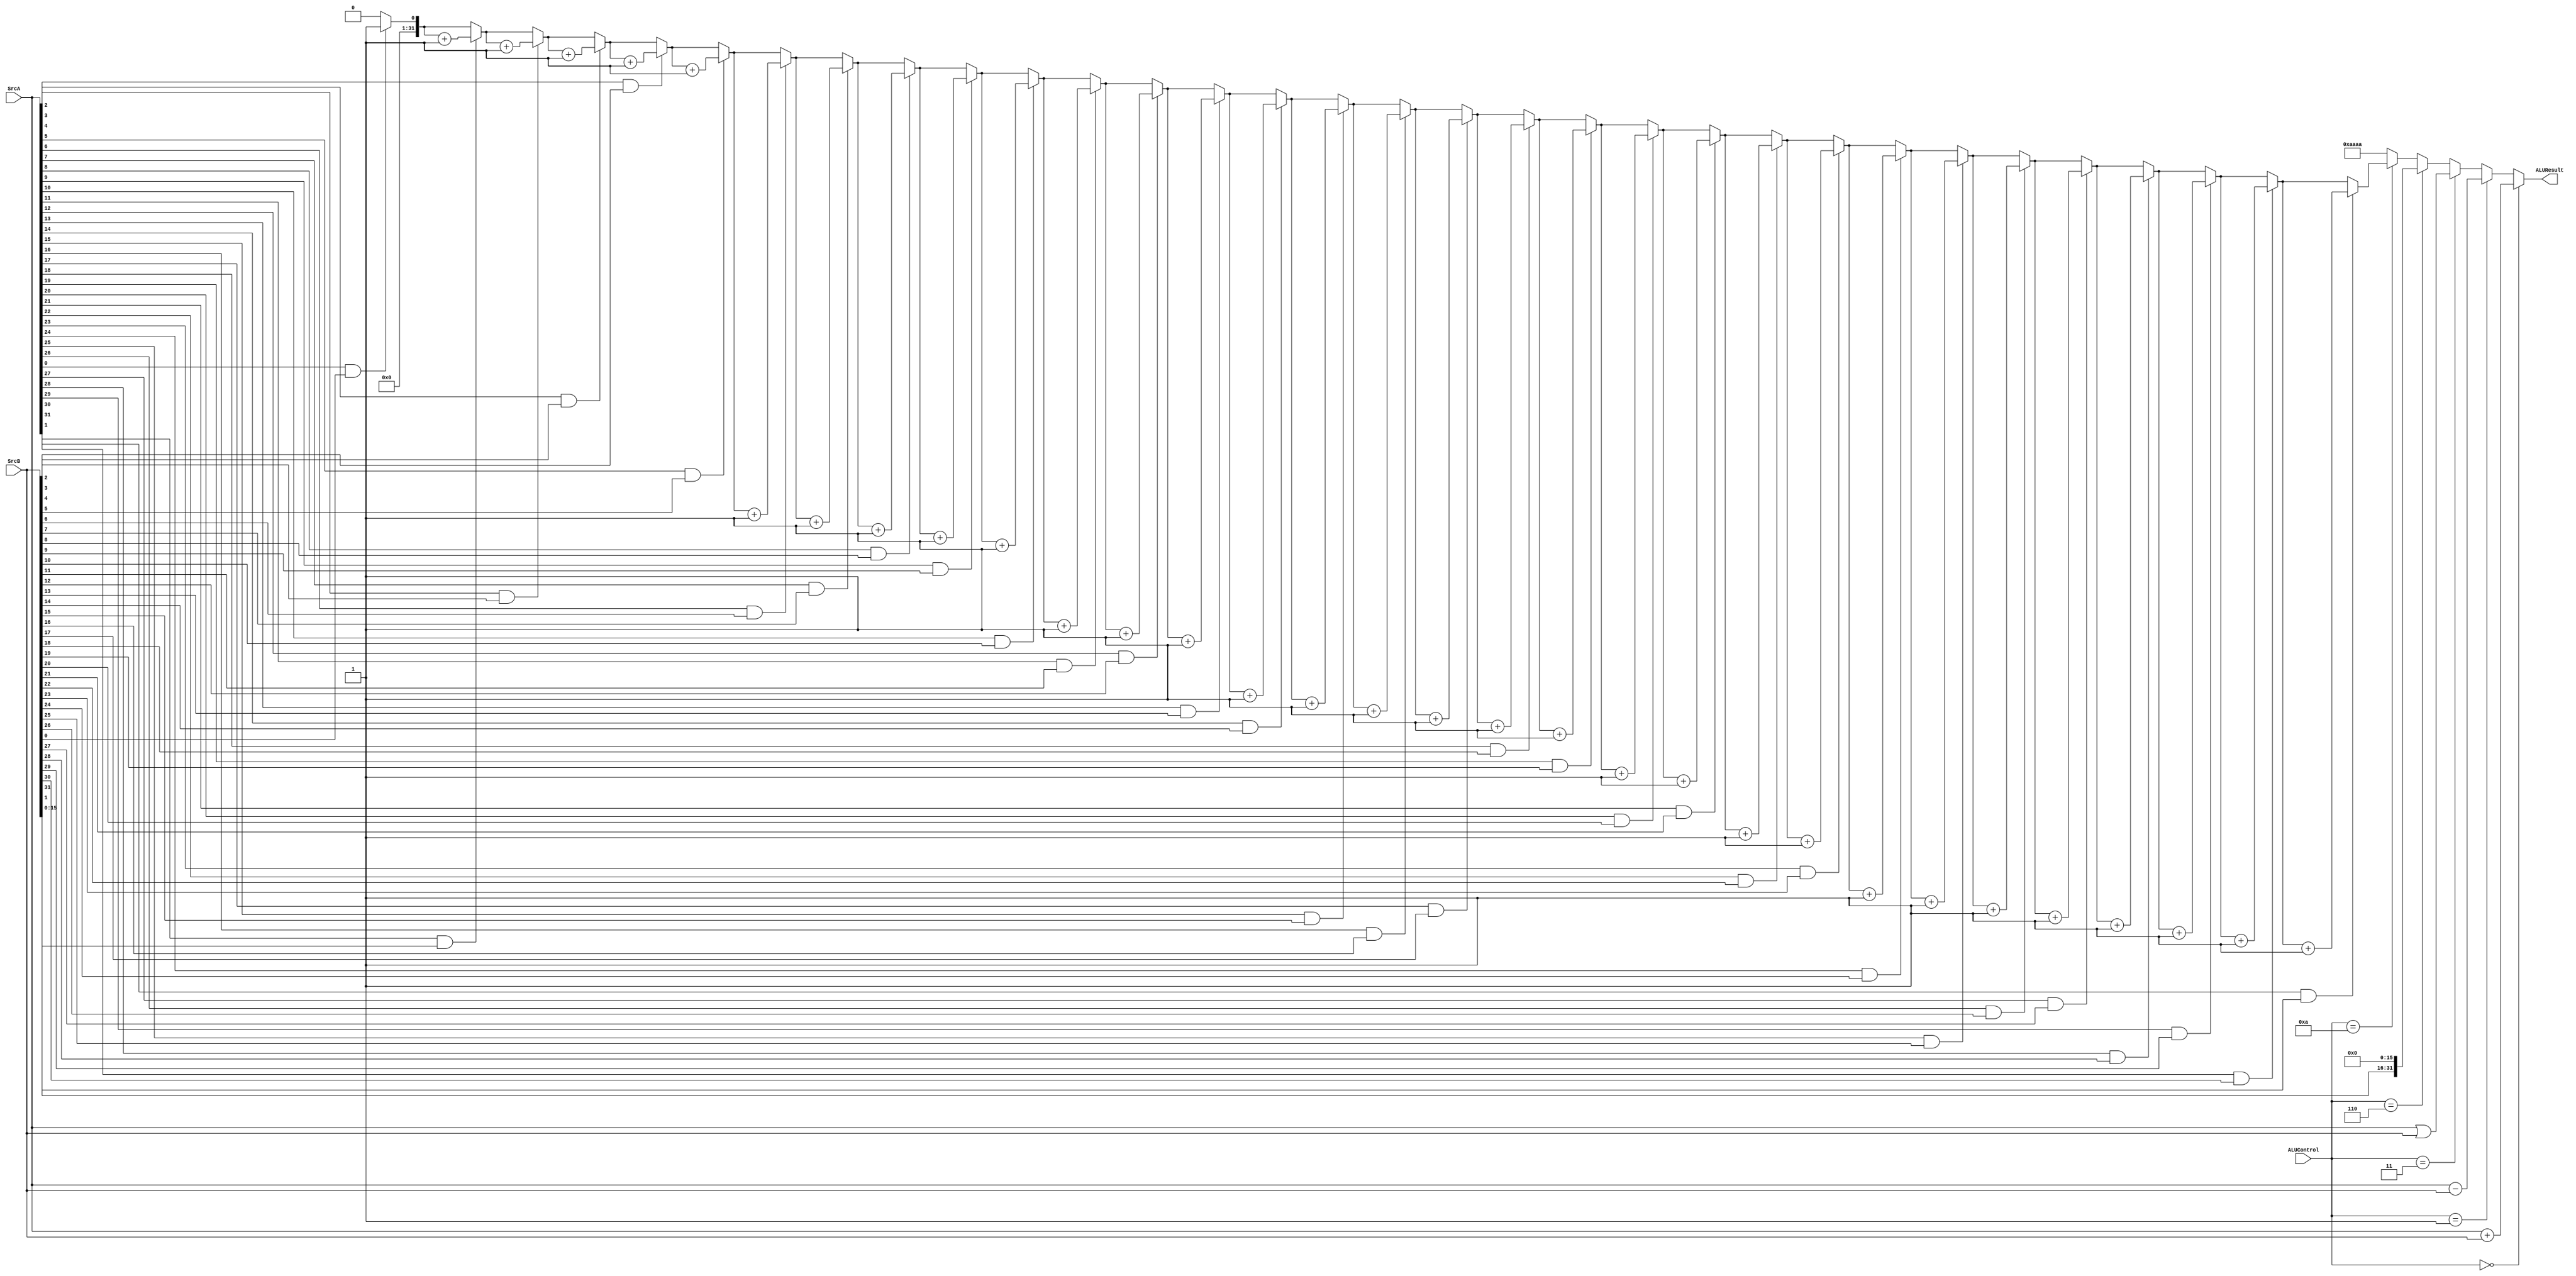
`timescale 1ns / 1ps
`default_nettype none 
module ALU (
    input wire [31:0] SrcA, SrcB,
    input wire [3:0] ALUControl,

    output wire [31:0] ALUResult
);
    reg [31:0] SUMReg, SUBReg, ORReg, LUIReg;
    
    reg [31:0] CCOResult;

    integer i;
    always @(*) begin
        SUMReg = SrcA + SrcB;
        SUBReg = SrcA - SrcB;
        ORReg = SrcA | SrcB;
        LUIReg = {{SrcB[15:0]}, 16'h0000}; 

        CCOResult = 32'd0;
        for (i = 0; i < 32; i = i + 1) begin
            if(SrcA[i] & SrcB[i]) CCOResult = CCOResult + 32'd1;
        end
    end


    assign ALUResult =  (ALUControl == 4'b0000) ? SUMReg :
                        (ALUControl == 4'b0001) ? SUBReg :
                        (ALUControl == 4'b0011) ? ORReg :
                        (ALUControl == 4'b0110) ? LUIReg :
                        (ALUControl == 4'b1010) ? CCOResult : 32'haaaa;

endmodule